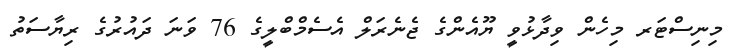
މިނިސްޓަރ މިހެން ވިދާޅުވީ ޔޫއެންގެ ޖެނެރަލް އެސެމްބްލީގެ 76 ވަނަ ދައުރުގެ ރިޔާސަތު